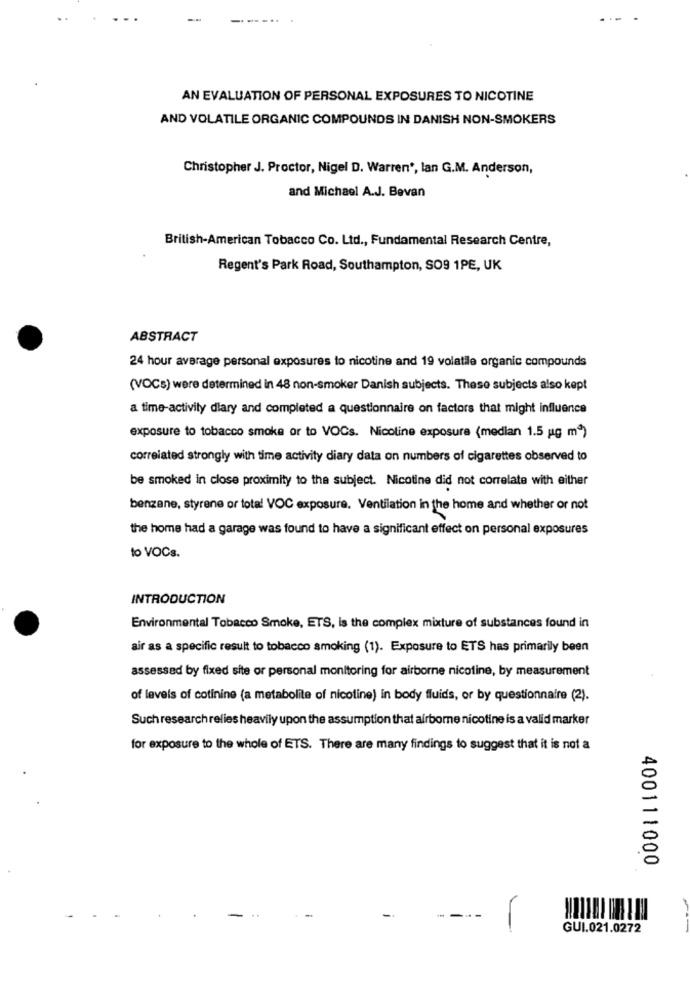
AN EVALUATION OF PERSONAL EXPOSURES TO NICOTINE
AND VOLATILE ORGANIC COMPOUNDS IN DANISH NON-SMOKERS
Christopher J. Proctor, Nigel D. Warren', lan G.M. Anderson,
and Michael A.J. Bevan
British-American Tobacco Co. Ltd ., Fundamental Research Centre,
Regent's Park Road, Southampton, SO9 1PE, UK
ABSTRACT
24 hour average personal exposures to nicotine and 19 volatile organic compounds
(VOCs) were determined in 48 non-smoker Danish subjects. These subjects also kept
a time-activity diary and completed a questionnaire on factors that might influence
exposure to tobacco smoke or to VOCs. Nicoline exposure (median 1.5 ug m9)
correlated strongly with time activity diary data on numbers of cigarettes observed to
be smoked in close proximity to the subject. Nicotine did not correlate with either
benzene, styrene or total VOC exposure. Ventilation in the home and whether or not
the home had a garage was found to have a significant effect on personal exposures
to VOCs.
INTRODUCTION
Environmental Tobacco Smoke, ETS, is the complex mixture of substances found in
air as a specific result to tobacco smoking (1). Exposure to ETS has primarily been
assessed by fixed site or personal monitoring for airborne nicotine, by measurement
of levels of cotinine (a metabolite of nicotine) in body fluids, or by questionnaire (2).
Such research relies heavily upon the assumption that airborne nicotine is a valid marker
for exposure to the whole of ETS. There are many findings to suggest that it is not a
400111000
-
GUI.021.0272